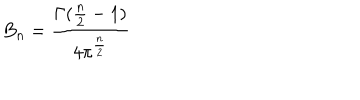
B _ { n } = \frac { \Gamma ( \frac { n } { 2 } - 1 ) } { 4 \pi ^ { \frac { n } { 2 } } }